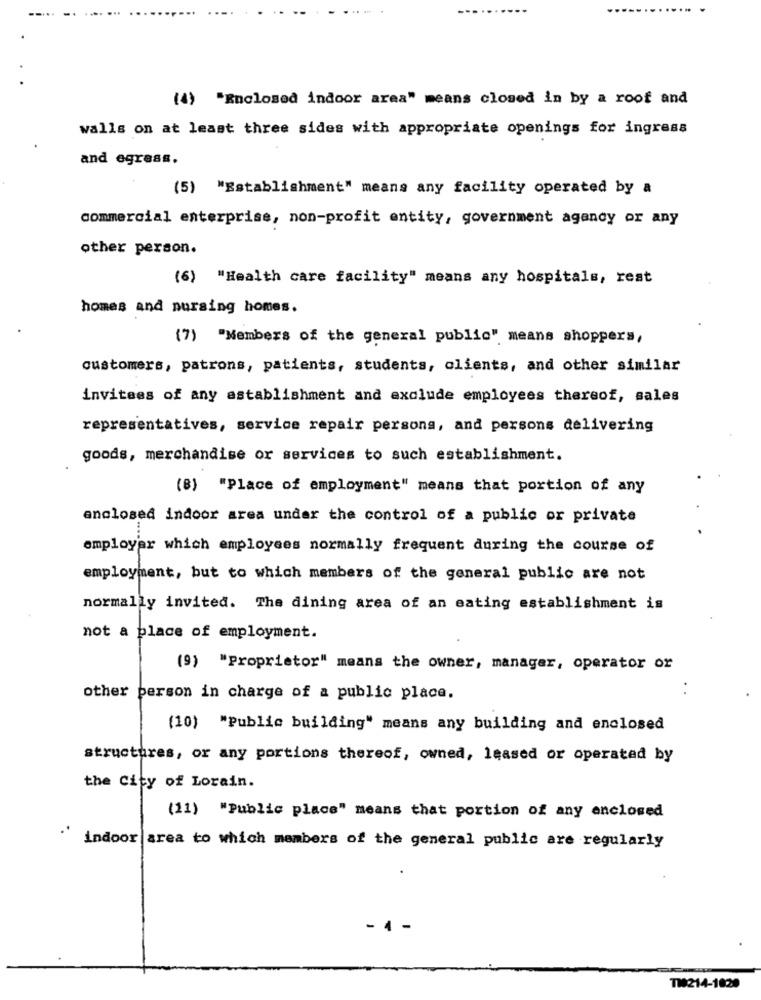
---
......
(4) "Enclosed indoor area" means closed in by a roof and
walls on at least three sides with appropriate openings for ingress
and egrass.
(5) "Establishment" means any facility operated by a
commercial enterprise, non-profit entity, government agency or any
other person.
(6) "Health care facility" means any hospitals, rest
homes and nursing homes.
(7) "Members of the general public" means shoppers,
customers, patrons, patients, students, clients, and other similar
invitees of any establishment and exclude employees thereof, sales
representatives, service repair persons, and persons delivering
goods, merchandise or services to such establishment.
(8) "Place of employment" means that portion of any
enclosed indoor area under the control of a public or private
...
employer which employees normally frequent during the course of
employment, but to which members of the general public are not
normally invited. The dining area of an eating establishment is
not a place of employment.
(9) "Proprietor" means the owner, manager, operator or
. .
other person in charge of a public place.
(10) "Public building" means any building and enclosed
structures, or any portions thereof, owned, leased or operated by
the City of Lorain.
(11) "Public place" means that portion of any enclosed
indoor area to which members of the general public are regularly
TW214-1820